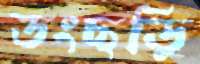
ডংছড়ি